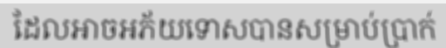
ដែលអាចអភ័យទោសបានសម្រាប់ប្រាក់